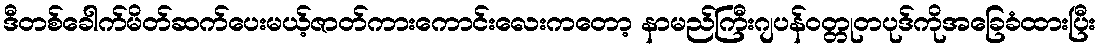
ဒီတစ်ခေါက်မိတ်ဆက်ပေးမယ့်ဇာတ်ကားကောင်းလေးကတော့ နာမည်ကြီးဂျပန်ဝတ္တုတပုဒ်ကိုအခြေခံထားပြီး